Civil Veterinary Dept. Bombay admin report 1923-31 - 1923-1931
Year: 1923
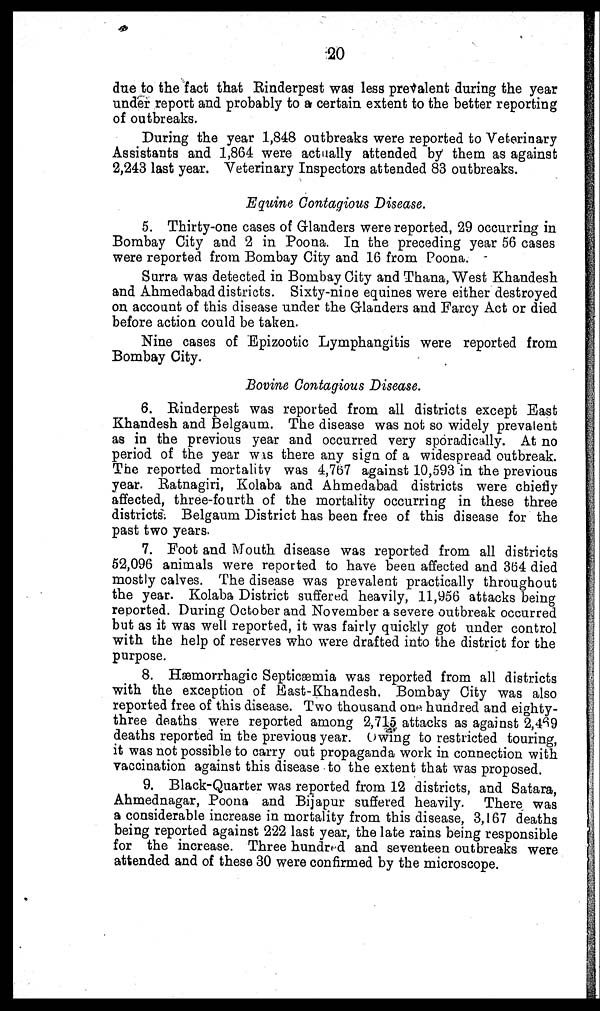
20
due to the fact that Rinderpest was less prevalent during the year
under report and probably to a certain extent to the better reporting
of outbreaks.
During the year 1,848 outbreaks were reported to Veterinary
Assistants and 1,864 were actually attended by them as against
2,243 last year. Veterinary Inspectors attended 83 outbreaks.
Equine Contagious Disease.
5. Thirty-one cases of Glanders were reported, 29 occurring in
Bombay City and 2 in Poona. In the preceding year 56 cases
were reported from Bombay City and 16 from Poona.
Surra was detected in Bombay City and Thana, West Khandesh
and Ahmedabad districts. Sixty-nine equines were either destroyed
on account of this disease under the Glanders and Farcy Act or died
before action could be taken.
Nine cases of Epizootic Lymphangitis were reported from
Bombay City.
Bovine Contagious Disease.
6. Rinderpest was reported from all districts except East
Khandesh and Belgaum. The disease was not so widely prevalent
as in the previous year and occurred very sporadically. At no
period of the year was there any sign of a widespread outbreak.
The reported mortality was 4,767 against 10,593 in the previous
year. Ratnagiri, Kolaba and Ahmedabad districts were chiefly
affected, three-fourth of the mortality occurring in these three
districts. Belgaum District has been free of this disease for the
past two years.
7. Foot and Mouth disease was reported from all districts
52,096 animals were reported to have been affected and 364 died
mostly calves. The disease was prevalent practically throughout
the year. Kolaba District suffered heavily, 11,956 attacks being
reported. During October and November a severe outbreak occurred
but as it was well reported, it was fairly quickly got under control
with the help of reserves who were drafted into the district for the
purpose.
8. Hæmorrhagic Septicæmia was reported from all districts
with the exception of East-Khandesh. Bombay City was also
reported free of this disease. Two thousand onr hundred and eighty-
three deaths were reported among 2,715 attacks as against 2,469
deaths reported in the previous year. Owing to restricted touring,
it was not possible to carry out propaganda work in connection with
vaccination against this disease to the extent that was proposed.
9. Black-Quarter was reported from 12 districts, and Satara,
Ahmednagar, Poona and Bijapur suffered heavily. There was
a considerable increase in mortality from this disease, 3,167 deaths
being reported against 222 last year, the late rains being responsible
for the increase. Three hundred and seventeen outbreaks were
attended and of these 30 were confirmed by the microscope.